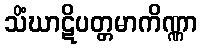
သိံဃာဋိပတ္တမာကိဏ္ဏာ